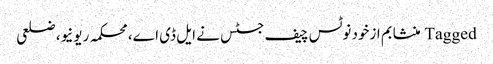
Tagged منشا بم ازخود نوٹس چیف جسٹس نے ایل ڈی اے، محکمہ ریونیو، ضلعی